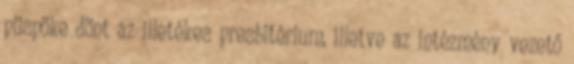
püspöke dönt az illetékes presbitérium, illetve az intézmény vezető